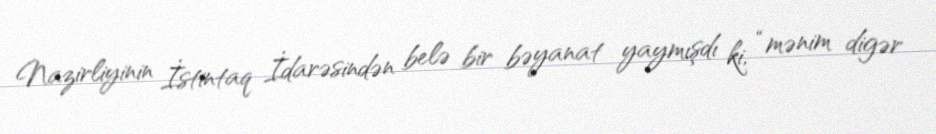
Nazirliyinin İstintaq İdarəsindən belə bir bəyanat yaymışdı ki, “mənim digər